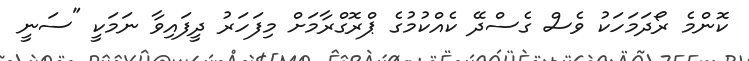
ކޮންމެ ރޯދަމަހަކު ވެސް ގެެސްދޭ ކެއްކުމުގެ ޕްރޮގްރާމަށް މިފަހަރު ދީފައިވާ ނަމަކީ "ސަނީ